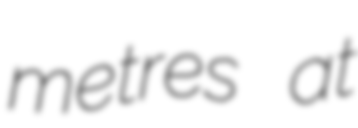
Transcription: metres at